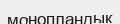
монопландық